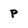
Character: P